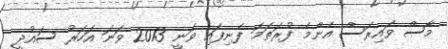
މާސް ވައިރަސް އެންމެ ފުރަތަމަ ފެނިފައި ވަނީ 2013 ވަނަ އަހަރު ސައުދީ